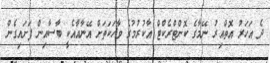
ދެ އަހަރު އޮތްއިރު ނޭމާގެ ކޮންޓްރެކްޓް އާކުރުމުގެ ވާހަކަތަށް އޭނާއާއެކީ ބާސާއިން ފަށައިގެން